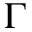
\Gamma